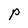
Character: P